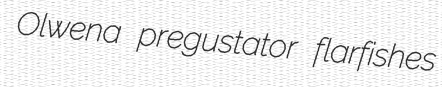
Olwena pregustator flarfishes